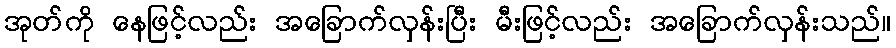
အုတ်ကို နေဖြင့်လည်း အခြောက်လှန်းပြီး မီးဖြင့်လည်း အခြောက်လှန်းသည်။